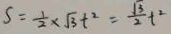
S = \frac { 1 } { 2 } \times \sqrt { 3 } t ^ { 2 } = \frac { \sqrt { 3 } } { 2 } t ^ { 2 }